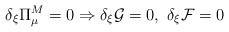
LaTeX: \begin{align*}\delta_{\xi}\Pi^M_{\mu}=0 \Rightarrow \delta_{\xi}\mathcal{G}=0 , \ \delta_{\xi} \mathcal{F}=0\end{align*}